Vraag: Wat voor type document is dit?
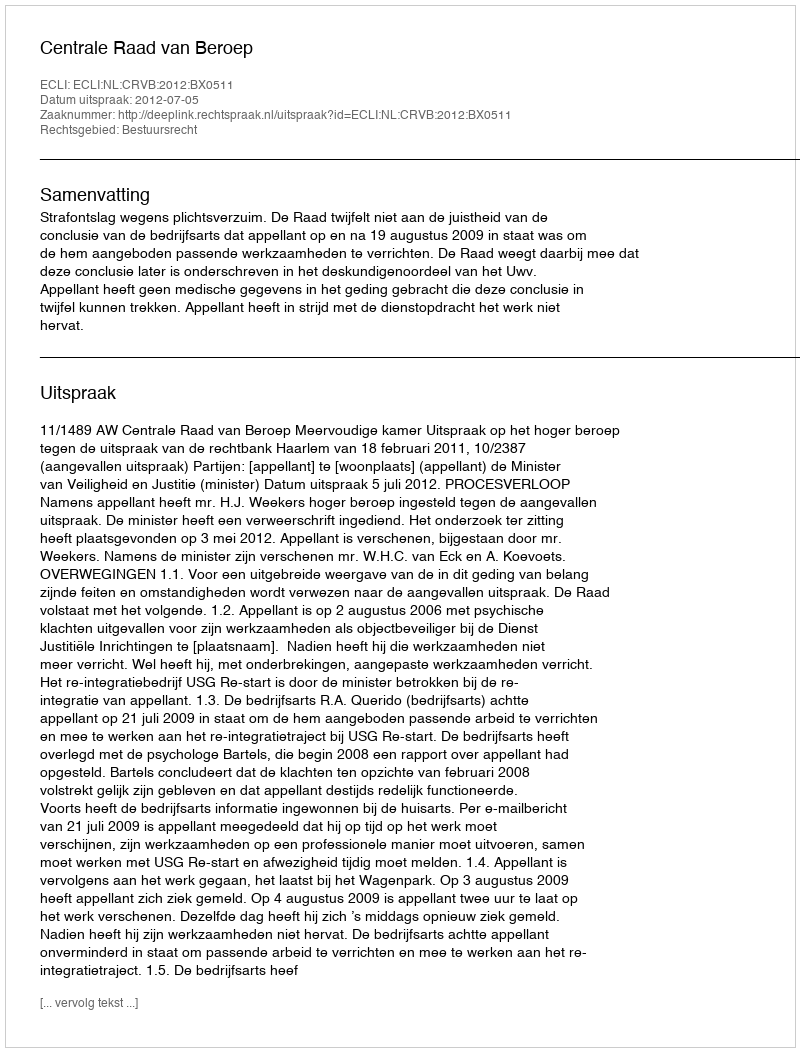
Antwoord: Uitspraak